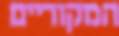
המקוריים